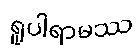
ရူပါရာမဿ